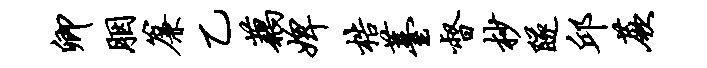
卿胭帘乙藕婢梏薹督杪隧邱蕨